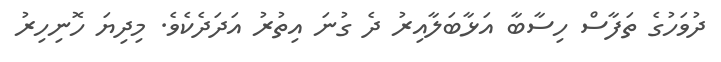
ދުވަހުގެ ތަފާސް ހިސާބާ އަޅާބަލާއިރު ދެ ގުނަ އިތުރު އަދަދެކެވެ. މިދިޔަ ހޮނިހިރު